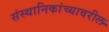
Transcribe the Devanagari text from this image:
संस्थानिकांच्यावरील